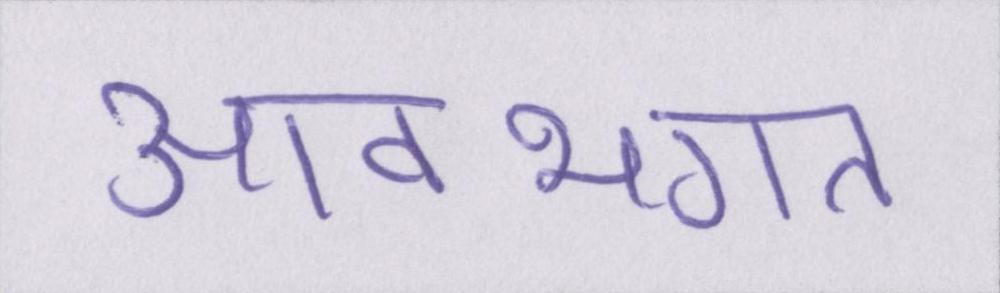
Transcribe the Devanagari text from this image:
आवभगत